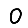
Digit: 0